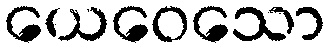
ယေဝေသော